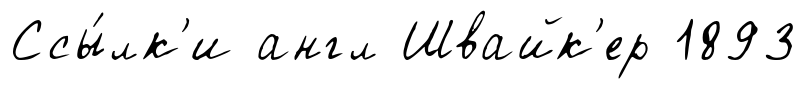
Ссы́лк'и англ Швайк'ер 1893